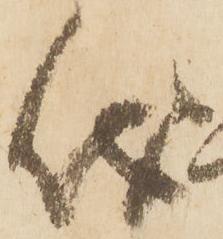
儀